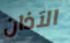
الآذان